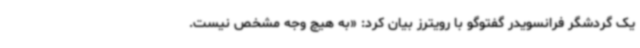
یک گردشگر فرانسویدر گفتوگو با رویترز بیان کرد: «به هیچ وجه مشخص نیست.